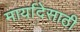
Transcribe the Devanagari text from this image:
मार्यादेसाठी